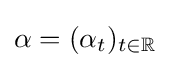
\alpha =(\alpha _{t})_{t\in \mathbb {R} }